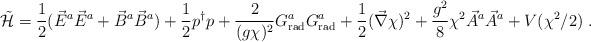
LaTeX: \begin{align*}\tilde{\cal H} = \frac{1}{2} ( \vec{E}^a \vec{E}^a + \vec{B}^a \vec{B}^a)+ \frac{1}{2} p^{\dagger}p + \frac{2}{(g\chi)^2} G^a_{\rm rad}G^a_{\rm rad} + \frac{1}{2} (\vec{\nabla}\chi)^2+ \frac{g^2}{8} \chi^2 \vec{A}^a \vec{A}^a + V(\chi^2/2) \ .\end{align*}